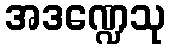
အဒဏ္ဍေသု